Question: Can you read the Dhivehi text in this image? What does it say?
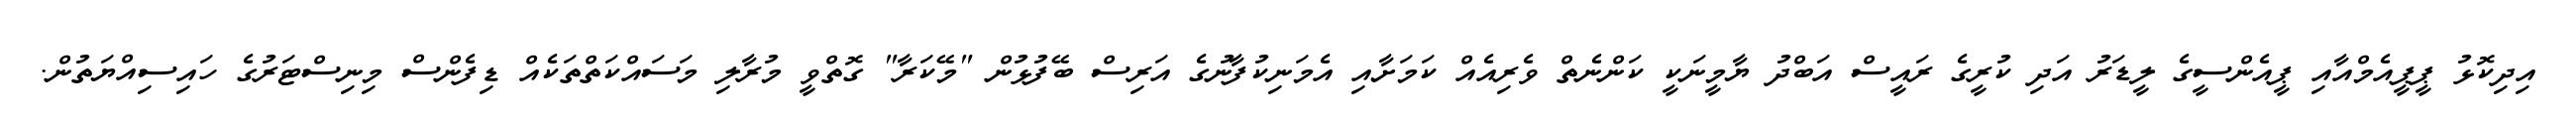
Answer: އިދިކޮޅު ޕީޕީއެމްއާއި ޕީއެންސީގެ ލީޑަރު އަދި ކުރީގެ ރައީސް އަބްދު ޔާމީނަކީ ކަންނެތް ވެރިއެއް ކަމަށާއި އެމަނިކުފާނުގެ އަރިސް ބޭފުޅުން "މޭކަރާ" ގޮތްވީ މުރާލި މަސައްކަތްތަކެއް ޑިފެންސް މިނިސްޓަރުގެ ހައިސިއްޔަތުން.